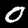
Label: 0